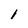
Character: 1